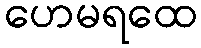
ဟေမရထေ